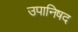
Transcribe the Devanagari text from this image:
उपानिषद